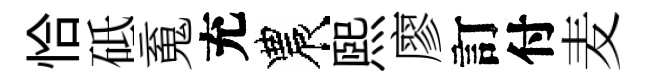
恰砥䰟充農煕廖訂付麦